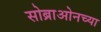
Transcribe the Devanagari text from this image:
सोब्राओनच्या